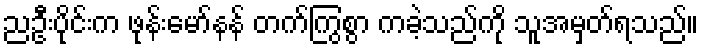
ညဦးပိုင်းက ဖုန်းမော်နန် တက်ကြွစွာ ကခဲ့သည်ကို သူအမှတ်ရသည်။